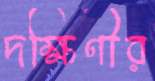
দক্ষিণীর